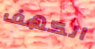
الكهف